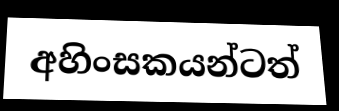
අහිංසකයන්ටත්